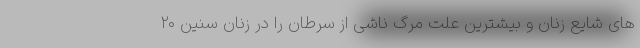
‌های شایع زنان و بیشترین علت مرگ ناشی از سرطان را در زنان سنین ۲۰